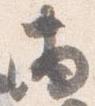
両